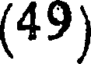
(49)